Scientific memoirs by medical officers of the Army of India - Part III,
Year: 1887
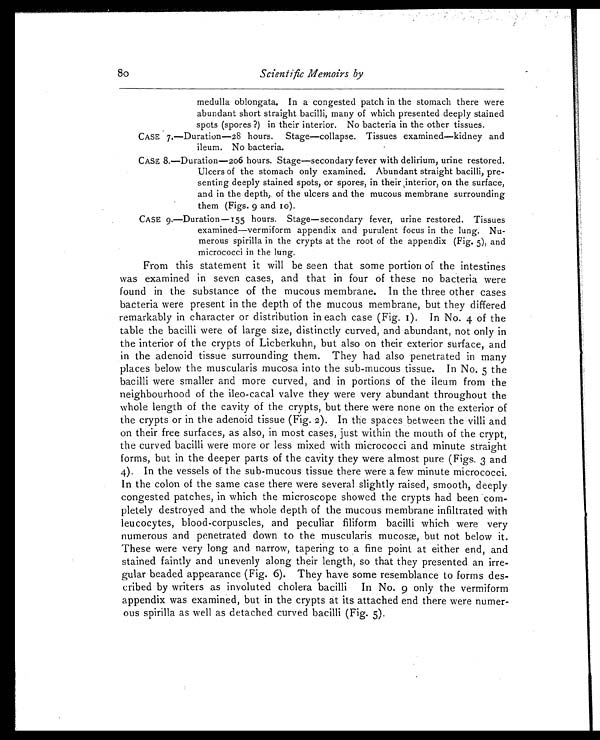
80
Scientific Memoirs by
medulla oblongata. In a congested patch in the stomach there were
abundant short straight bacilli, many of which presented deeply stained
spots (spores ?) in their interior. No bacteria in the other tissues.
CASE 7.—Duration—28 hours. Stage—collapse. Tissues examined—kidney and
ileum. No bacteria.
CASE 8.—Duration—206 hours. Stage—secondary fever with delirium, urine restored.
Ulcers of the stomach only examined. Abundant straight bacilli, pre-
senting deeply stained spots, or spores, in their interior, on the surface,
and in the depth, of the ulcers and the mucous membrane surrounding
them (Figs. 9 and 10).
CASE 9.—Duration—155 hours. Stage—secondary fever, urine restored. Tissues
examined—vermiform appendix and purulent focus in the lung. Nu-
merous spirilla in the crypts at the root of the appendix (Fig. 5), and
micrococci in the lung.
From this statement it will be seen that some portion of the intestines
was examined in seven cases, and that in four of these no bacteria were
found in the substance of the mucous membrane. In the three other cases
bacteria were present in the depth of the mucous membrane, but they differed
remarkably in character or distribution in each case (Fig. I). In No. 4 of the
table the bacilli were of large size, distinctly curved, and abundant, not only in
the interior of the crypts of Licberkuhn, but also on their exterior surface, and
in the adenoid tissue surrounding them. They had also penetrated in many
places below the muscularis mucosa into the sub-mucous tissue. In No. 5 the
bacilli were smaller and more curved, and in portions of the ileum from the
neighbourhood of the ileo-cacal valve they were very abundant throughout the
whole length of the cavity of the crypts, but there were none on the exterior of
the crypts or in the adenoid tissue (Fig. 2). In the spaces between the villi and
on their free surfaces, as also, in most cases, just within the mouth of the crypt,
the curved bacilli were more or less mixed with micrococci and minute straight
forms, but in the deeper parts of the cavity they were almost pure (Figs. 3 and
4). In the vessels of the sub-mucous tissue there were a few minute micrococci.
In the colon of the same case there were several slightly raised, smooth, deeply
congested patches, in which the microscope showed the crypts had been com-
pletely destroyed and the whole depth of the mucous membrane infiltrated with
leucocytes, blood-corpuscles, and peculiar filiform bacilli which were very
numerous and penetrated down to the muscularis mucosæ, but not below it.
These were very long and narrow, tapering to a fine point at either end, and
stained faintly and unevenly along their length, so that they presented an irre-
gular beaded appearance (Fig. 6). They have some resemblance to forms des-
cribed by writers as involuted cholera bacilli In No. 9 only the vermiform
appendix was examined, but in the crypts at its attached end there were numer-
ous spirilla as well as detached curved bacilli (Fig. 5).